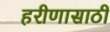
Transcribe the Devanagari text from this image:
हरीणासाठी